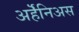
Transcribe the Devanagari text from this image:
अर्हॆनिअस